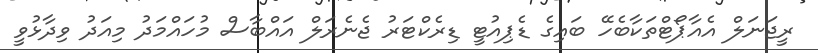
ރީޖަނަލް އެއާޕޯޓްތަކާބެހޭ ބައިގެ ޑެޕިއުޓީ ޑިރެކްޓަރު ޖެނެރަލް އައްބާސް މުހައްމަދު މިއަދު ވިދާޅުވީ